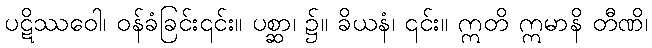
ပဋိဿဝေါ၊ ဝန်ခံခြင်း၎င်း။ ပစ္ဆာ၊ ၌။ ခိယနံ၊ ၎င်း။ ဣတိ ဣမာနိ တီဏိ၊